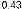
0.43